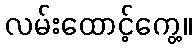
လမ်းထောင့်ကွေ့။